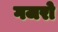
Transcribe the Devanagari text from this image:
गजरो